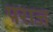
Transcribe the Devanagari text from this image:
पराज